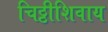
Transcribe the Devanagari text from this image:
चिठ्ठीशिवाय